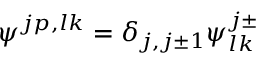
\psi ^ { j p , l k } = \delta _ { j , j \pm 1 } \psi _ { l k } ^ { j \pm }